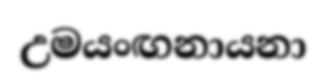
උමයංඟනායනා